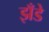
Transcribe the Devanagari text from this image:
झँडे